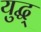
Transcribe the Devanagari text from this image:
युद्ध्